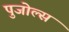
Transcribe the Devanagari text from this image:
पुजोल्स